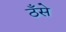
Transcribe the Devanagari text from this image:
ठँसे